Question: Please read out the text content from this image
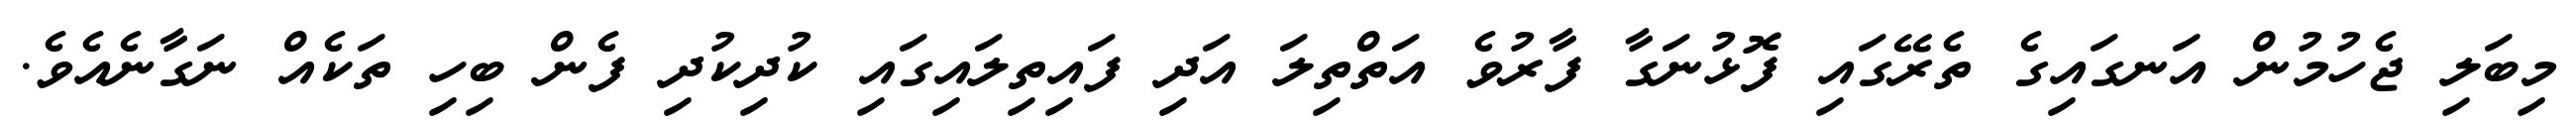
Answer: މިބަލި ޖެހުމުން އަނގައިގެ ތެރޭގައި ފޮޅުނަގާ ފާރުވެ އަތްތިލަ އަދި ފައިތިލައިގައި ކުދިކުދި ފެން ބިހި ތަކެއް ނަގާނެއެވެ.